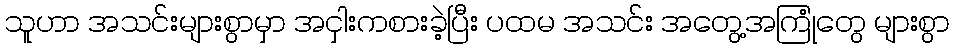
သူဟာ အသင်းများစွာမှာ အငှါးကစားခဲ့ပြီး ပထမ အသင်း အတွေ့အကြုံတွေ များစွာ